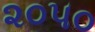
૨૦૫૦